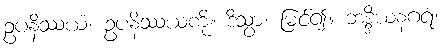
ဥပနိဿယံ၊ ဥပနိဿယကို။ ဒိသွာ၊ မြင်၍။ ဘဒ္ဒိယနဂရံ၊